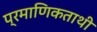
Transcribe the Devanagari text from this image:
प्रमाणिकताथी